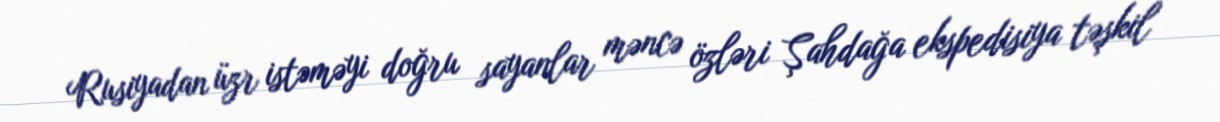
Rusiyadan üzr istəməyi doğru sayanlar məncə özləri Şahdağa ekspedisiya təşkil